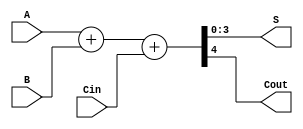
module adder_4bit(S, Cout, A, B, Cin);

output reg [3:0]S;
output reg Cout;
input [3:0]A, B;
input Cin;

always {Cout, S} = A + B + Cin;

endmodule